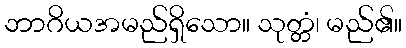
ဘာဂိယအမည်ရှိသော။ သုတ္တံ၊ မည်၏။